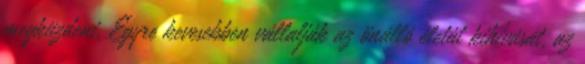
megküzdeni. Egyre kevesebben vállalják az önálló életút kihívását, az